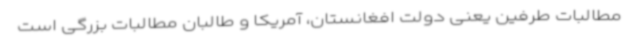
مطالبات طرفین یعنی دولت افغانستان، آمریکا و طالبان مطالبات بزرگی است